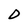
Character: D